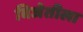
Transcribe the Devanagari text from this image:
विजेतीला